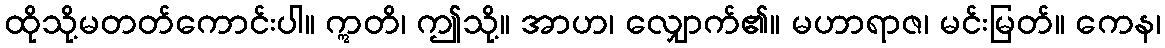
ထိုသို့မတတ်ကောင်းပါ။ ဣတိ၊ ဤသို့။ အာဟ၊ လျှောက်၏။ မဟာရာဇ၊ မင်းမြတ်။ ကေန၊